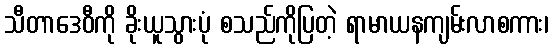
သီတာဒေဝီကို ခိုးယူသွားပုံ စသည်ကိုပြတဲ့ ရာမာယနကျမ်းလာစကား၊